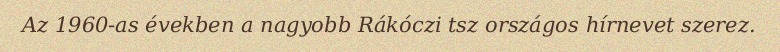
Az 1960-as években a nagyobb Rákóczi tsz országos hírnevet szerez.